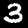
Digit: 3